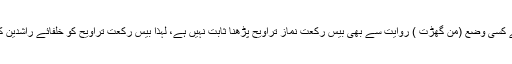
ہم کہتے ہیں کہ خلفائے راشدین سے کسی وضع (من گھڑت ) روایت سے بھی بیس رکعت نمازِ تراویح پڑھنا ثابت نہیں ہے، لہٰذا بیس رکعت تراویح کو خلفائے راشدین کی سنت قرار دینا صریح غلطی ہے۔